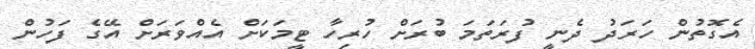
އެގޮތުން ހަރަދު ދެނީ ފުރަތަމަ ބުރަށް ހުރިހާ ޓީމަކަށް އެއްވަރަށް އޭގެ ފަހުން